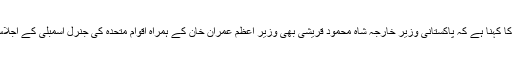
پاکستان کےدفتر خارجہ کا کہنا ہے کہ پاکستانی وزیر خارجہ شاہ محمود قریشی بھی وزیر اعظم عمران خان کے ہمراہ اقوام متحدہ کی جنرل اسمبلی کے اجلاس میں شرکت کریں گے۔